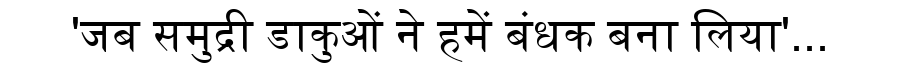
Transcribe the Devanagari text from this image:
'जब समुद्री डाकुओं ने हमें बंधक बना लिया'...